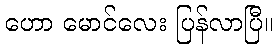
ဟော မောင်လေး ပြန်လာပြီ။